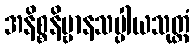
အနိစ္စနိဗ္ဗာနသပ္ပါယသုတ္တံ